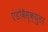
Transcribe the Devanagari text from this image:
एंडोवैस्क्युलर